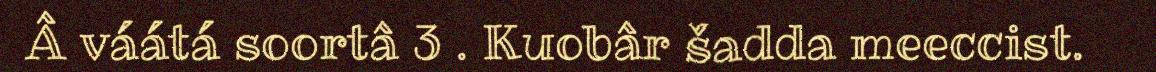
Â váátá soortâ 3 . Kuobâr šadda meeccist.